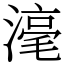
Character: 𣻼